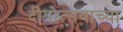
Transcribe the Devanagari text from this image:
दीपोत्सवाच्या